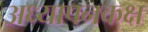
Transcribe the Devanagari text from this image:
अध्यापनकक्ष